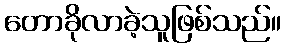
တောခိုလာခဲ့သူဖြစ်သည်။